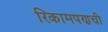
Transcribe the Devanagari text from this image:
रिकामपणची